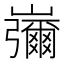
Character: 𡾱